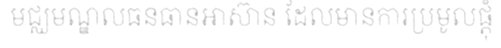
មជ្ឈមណ្ឌលធនធានអាស៊ាន ដែលមានការប្រមូលផ្តុំ